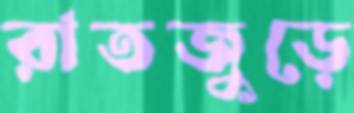
রাতজুড়ে